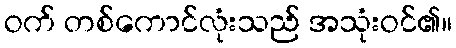
ဝက် တစ်ကောင်လုံးသည် အသုံးဝင်၏။